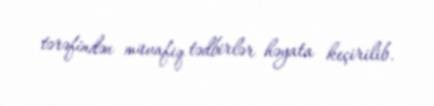
tərəfindən müvafiq tədbirlər həyata keçirilib.